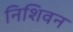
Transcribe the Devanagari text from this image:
निशिवन